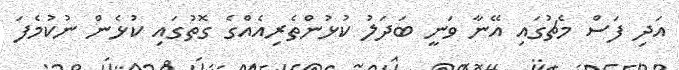
އަދި ފަސް މެޗުގައި އޭނާ ވަނީ ބަދަލު ކުޅުންތެރިއެއްގެ ގޮތުގައި ކުޅެން ނުކުމެފަ